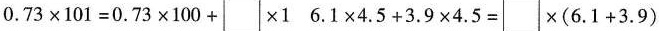
$$0 . 7 3 \times 1 0 1 = 0 . 7 3 \times 1 0 0 +